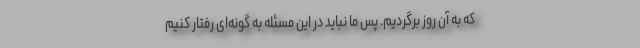
که به آن روز برگردیم. پس ما نباید در این مسئله به گونه‌ای رفتار کنیم